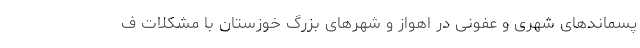
پسماندهای شهری و عفونی در اهواز و شهرهای بزرگ خوزستان با مشکلات ف